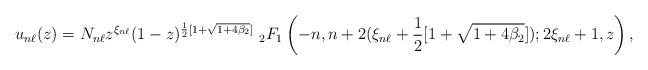
LaTeX: \begin{align*}u_{n\ell}(z)=N_{n\ell}z^{\xi_{n\ell}}(1-z)^{\frac{1}{2}[1+\sqrt{1+4\beta_2}]}\ _2F_1\left(-n,n+2(\xi_{n\ell}+\frac{1}{2}[1+\sqrt{1+4\beta_2}]);2\xi_{n\ell}+1,z\right),\end{align*}